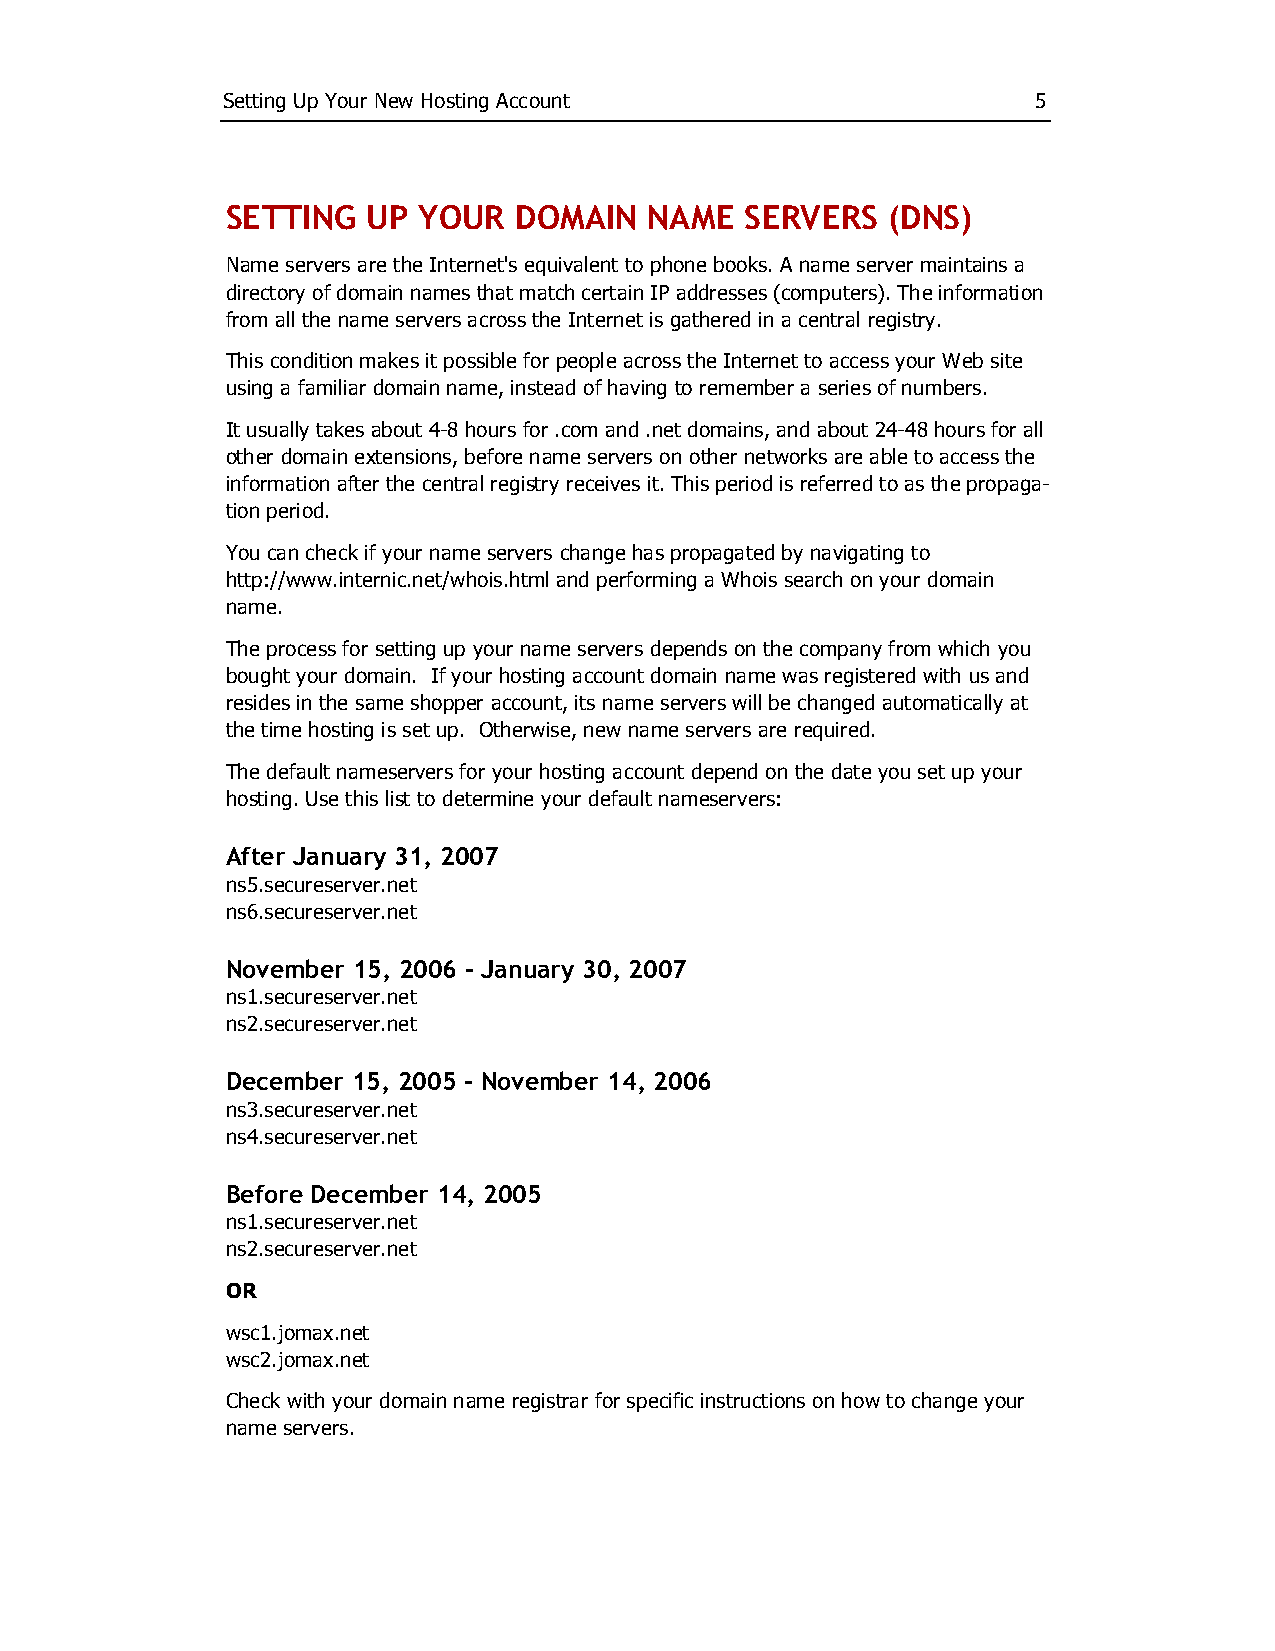
Setting Up Your New Hosting Account                  5
 SETTING  UP  YOUR  DOMAIN   NAME  SERVERS   (DNS)
 Name servers are the Internet's equivalent to phone books. A name server maintains a
 directory of domain names that match certain IP addresses (computers). The information
 from all the name servers across the Internet is gathered in a central registry.
 This condition makes it possible for people across the Internet to access your Web site
 using a familiar domain name, instead of having to remember a series of numbers.
 It usually takes about 4­8 hours for .com and .net domains, and about 24­48 hours for all
 other domain extensions, before name servers on other networks are able to access the
 information after the central registry receives it. This period is referred to as the propaga­
 tion period.
 You can check if your name servers change has propagated by navigating to
 http://www.internic.net/whois.html and performing a Whois search on your domain
 name.
 The process for setting up your name servers depends on the company from which you
 bought your domain. If your hosting account domain name was registered with us and
 resides in the same shopper account, its name servers will be changed automatically at
 the time hosting is set up. Otherwise, new name servers are required.
 The default nameservers for your hosting account depend on the date you set up your
 hosting. Use this list to determine your default nameservers:
 After January 31, 2007
 ns5.secureserver.net
 ns6.secureserver.net
 November 15, 2006 ‐ January 30, 2007
 ns1.secureserver.net
 ns2.secureserver.net
 December 15, 2005 ‐ November 14, 2006
 ns3.secureserver.net
 ns4.secureserver.net
 Before December 14, 2005
 ns1.secureserver.net
 ns2.secureserver.net
 OR
 wsc1.jomax.net
 wsc2.jomax.net
 Check with your domain name registrar for specific instructions on how to change your
 name servers.